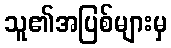
သူ၏အပြစ်များမှ